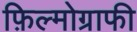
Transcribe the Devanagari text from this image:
फ़िल्मोग्राफी